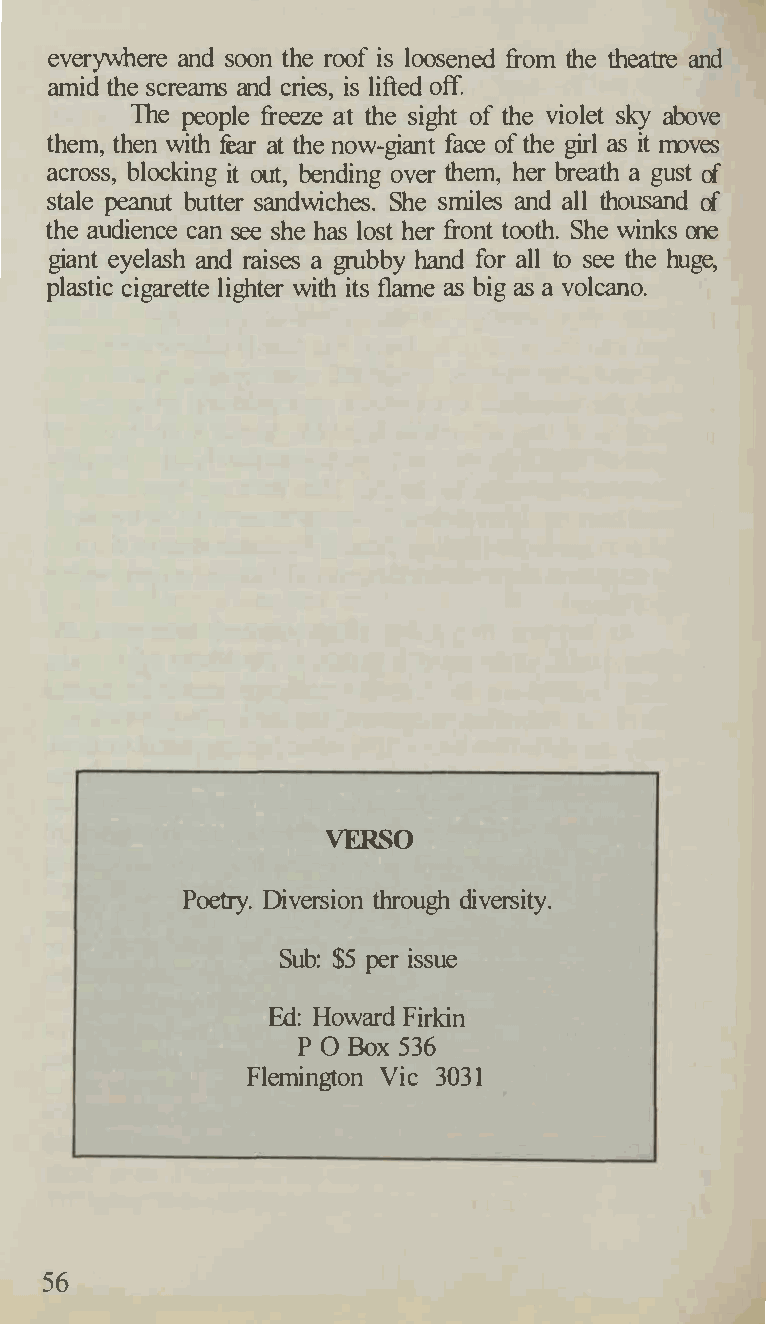
everywhere and soon the roof is loosened from the theatre and
 amid the screams and cries, is lifted off.
 The people freeze at the sight of the violet sky above
 them, then with fear at the now-giant face of the girl as it moves
 across, blocking it out, bending over them, her breath a gust of
 stale peanut butter sandwiches. She smiles and all thousand of
 the audience can see she has lost her front tooth. She winks one
 giant eyelash and raises a grubby hand for all to see the huge,
 plastic cigarette lighter with its flame as big as a volcano.
 VERSO
 Poetry. Diversion through diversity.
 Sub: $5 per issue
 Ed: Howard Firkin
 P O Box 536
 Flemington Vic 3031
 56